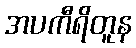
အပကီရိတူန